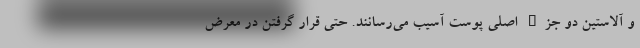
و آلاستین دو جزء اصلی پوست آسیب می‌رسانند. حتی قرار گرفتن در معرض